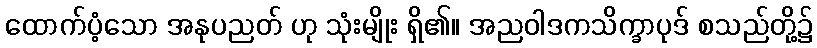
ထောက်ပံ့သော အနုပညတ် ဟု သုံးမျိုး ရှိ၏။ အညဝါဒကသိက္ခာပုဒ် စသည်တို့၌